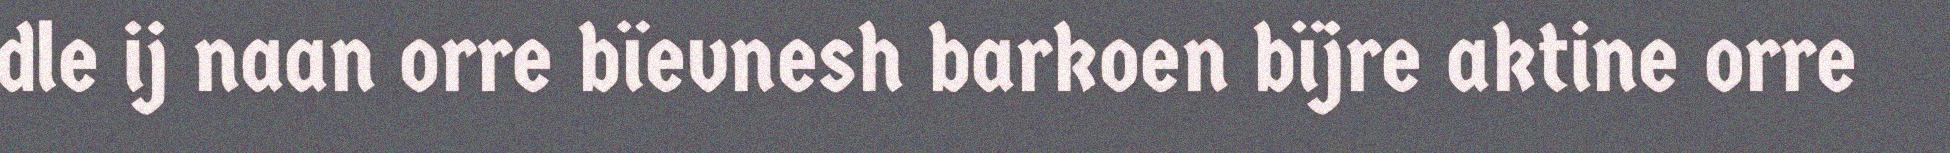
dle ij naan orre bïevnesh barkoen bïjre aktine orre